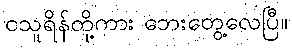
ငသူရိန်တို့ကား ဘေးတွေ့လေပြီ။